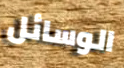
الوسائل